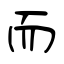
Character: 而